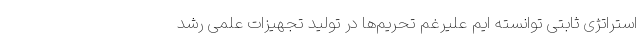
استراتژی ثابتی توانسته ایم علیرغم تحریم‌ها در تولید تجهیزات علمی رشد